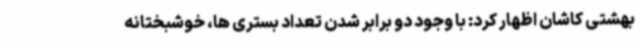
بهشتی کاشان اظهار کرد: با وجود دو برابر شدن تعداد بستری ها، خوشبختانه